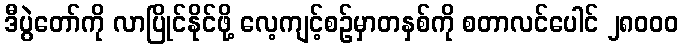
ဒီပွဲတော်ကို လာပြိုင်နိုင်ဖို့ လေ့ကျင့်စဉ်မှာတနှစ်ကို စတာလင်ပေါင် ၂၈၀၀၀